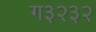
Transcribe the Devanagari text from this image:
ग३२३२